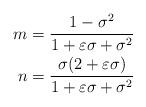
LaTeX: \begin{align*}m &= \frac{1-\sigma^2}{1+\varepsilon\sigma + \sigma^2} \\n &= \frac{\sigma (2+\varepsilon \sigma)}{1 + \varepsilon\sigma+\sigma^2}\end{align*}